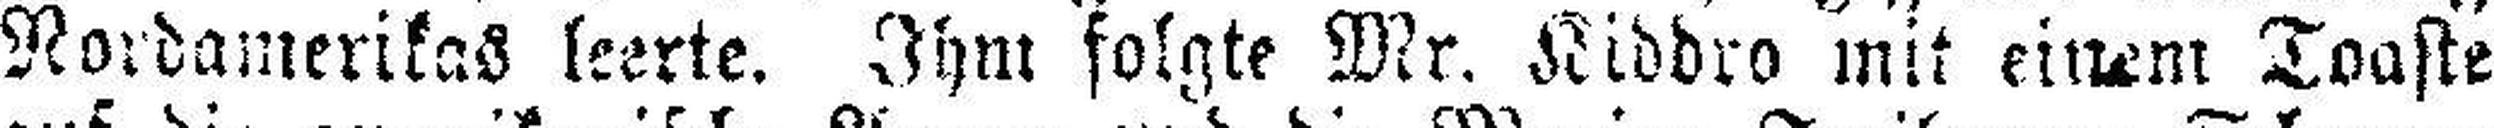
Nordamerikas leerte. Ihm folgte Mr. Kiddro mit einem Toaste